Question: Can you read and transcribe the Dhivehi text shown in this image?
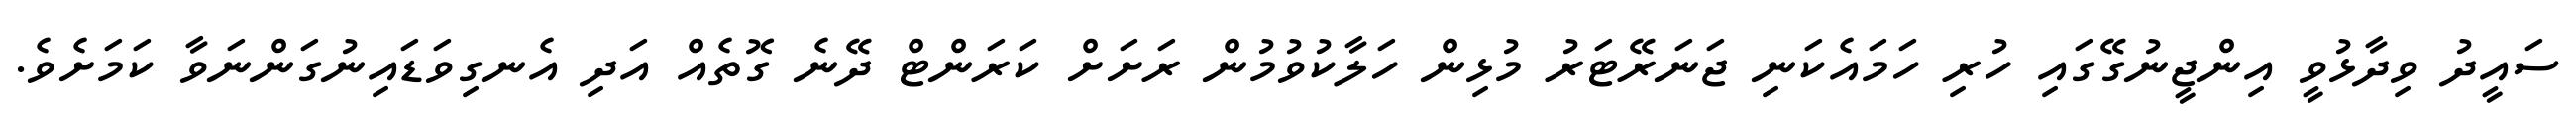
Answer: ސައީދު ވިދާޅުވީ އިންޖީނުގޭގައި ހުރި ހަމައެކަނި ޖަނަރޭޓަރު މުޅިން ހަލާކުވުމުން ރަށަށް ކަރަންޓް ދޭނެ ގޮތެއް އަދި އެނގިވަޑައިނުގަންނަވާ ކަމަށެވެ.